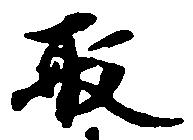
取